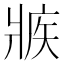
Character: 𰠕